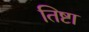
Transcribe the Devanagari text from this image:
तिष्टा